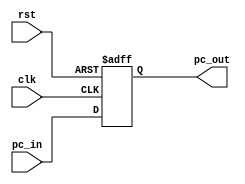
module Program_Counter #(parameter WIDTH = 32)
(
	input wire 			   clk,
	input wire 			   rst,
	input wire [WIDTH-1:0] pc_in,
	output reg [WIDTH-1:0] pc_out
);
	

	always @(posedge clk or posedge rst) begin
		if (rst) 
			pc_out <= 'b0;			
		else
			pc_out <= pc_in;
	end

endmodule